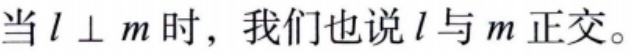
当\(l \perp m\)时，我们也说\(l\)与\(m\)正交。